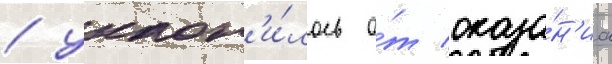
/ уклон'и́лось о́т оказа́н'иа